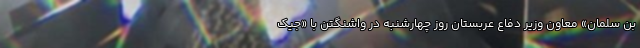
بن سلمان» معاون وزیر دفاع عربستان روز چهارشنبه در واشنگتن با «جیک